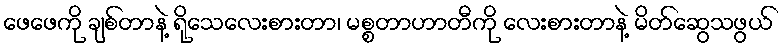
ဖေဖေကို ချစ်တာနဲ့ ရိုသေလေးစားတာ၊ မစ္စတာဟာတီကို လေးစားတာနဲ့ မိတ်ဆွေသဖွယ်